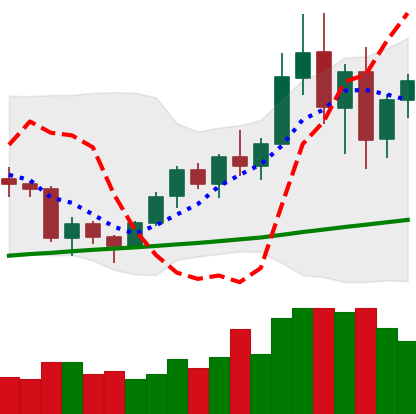
Ticker: BNB-USD
Chart end date: 2020-12-25
Forward return: 14.99%
Label: up_7plus